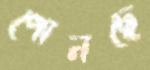
পোনছে